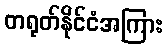
တရုတ်နိုင်ငံအကြား